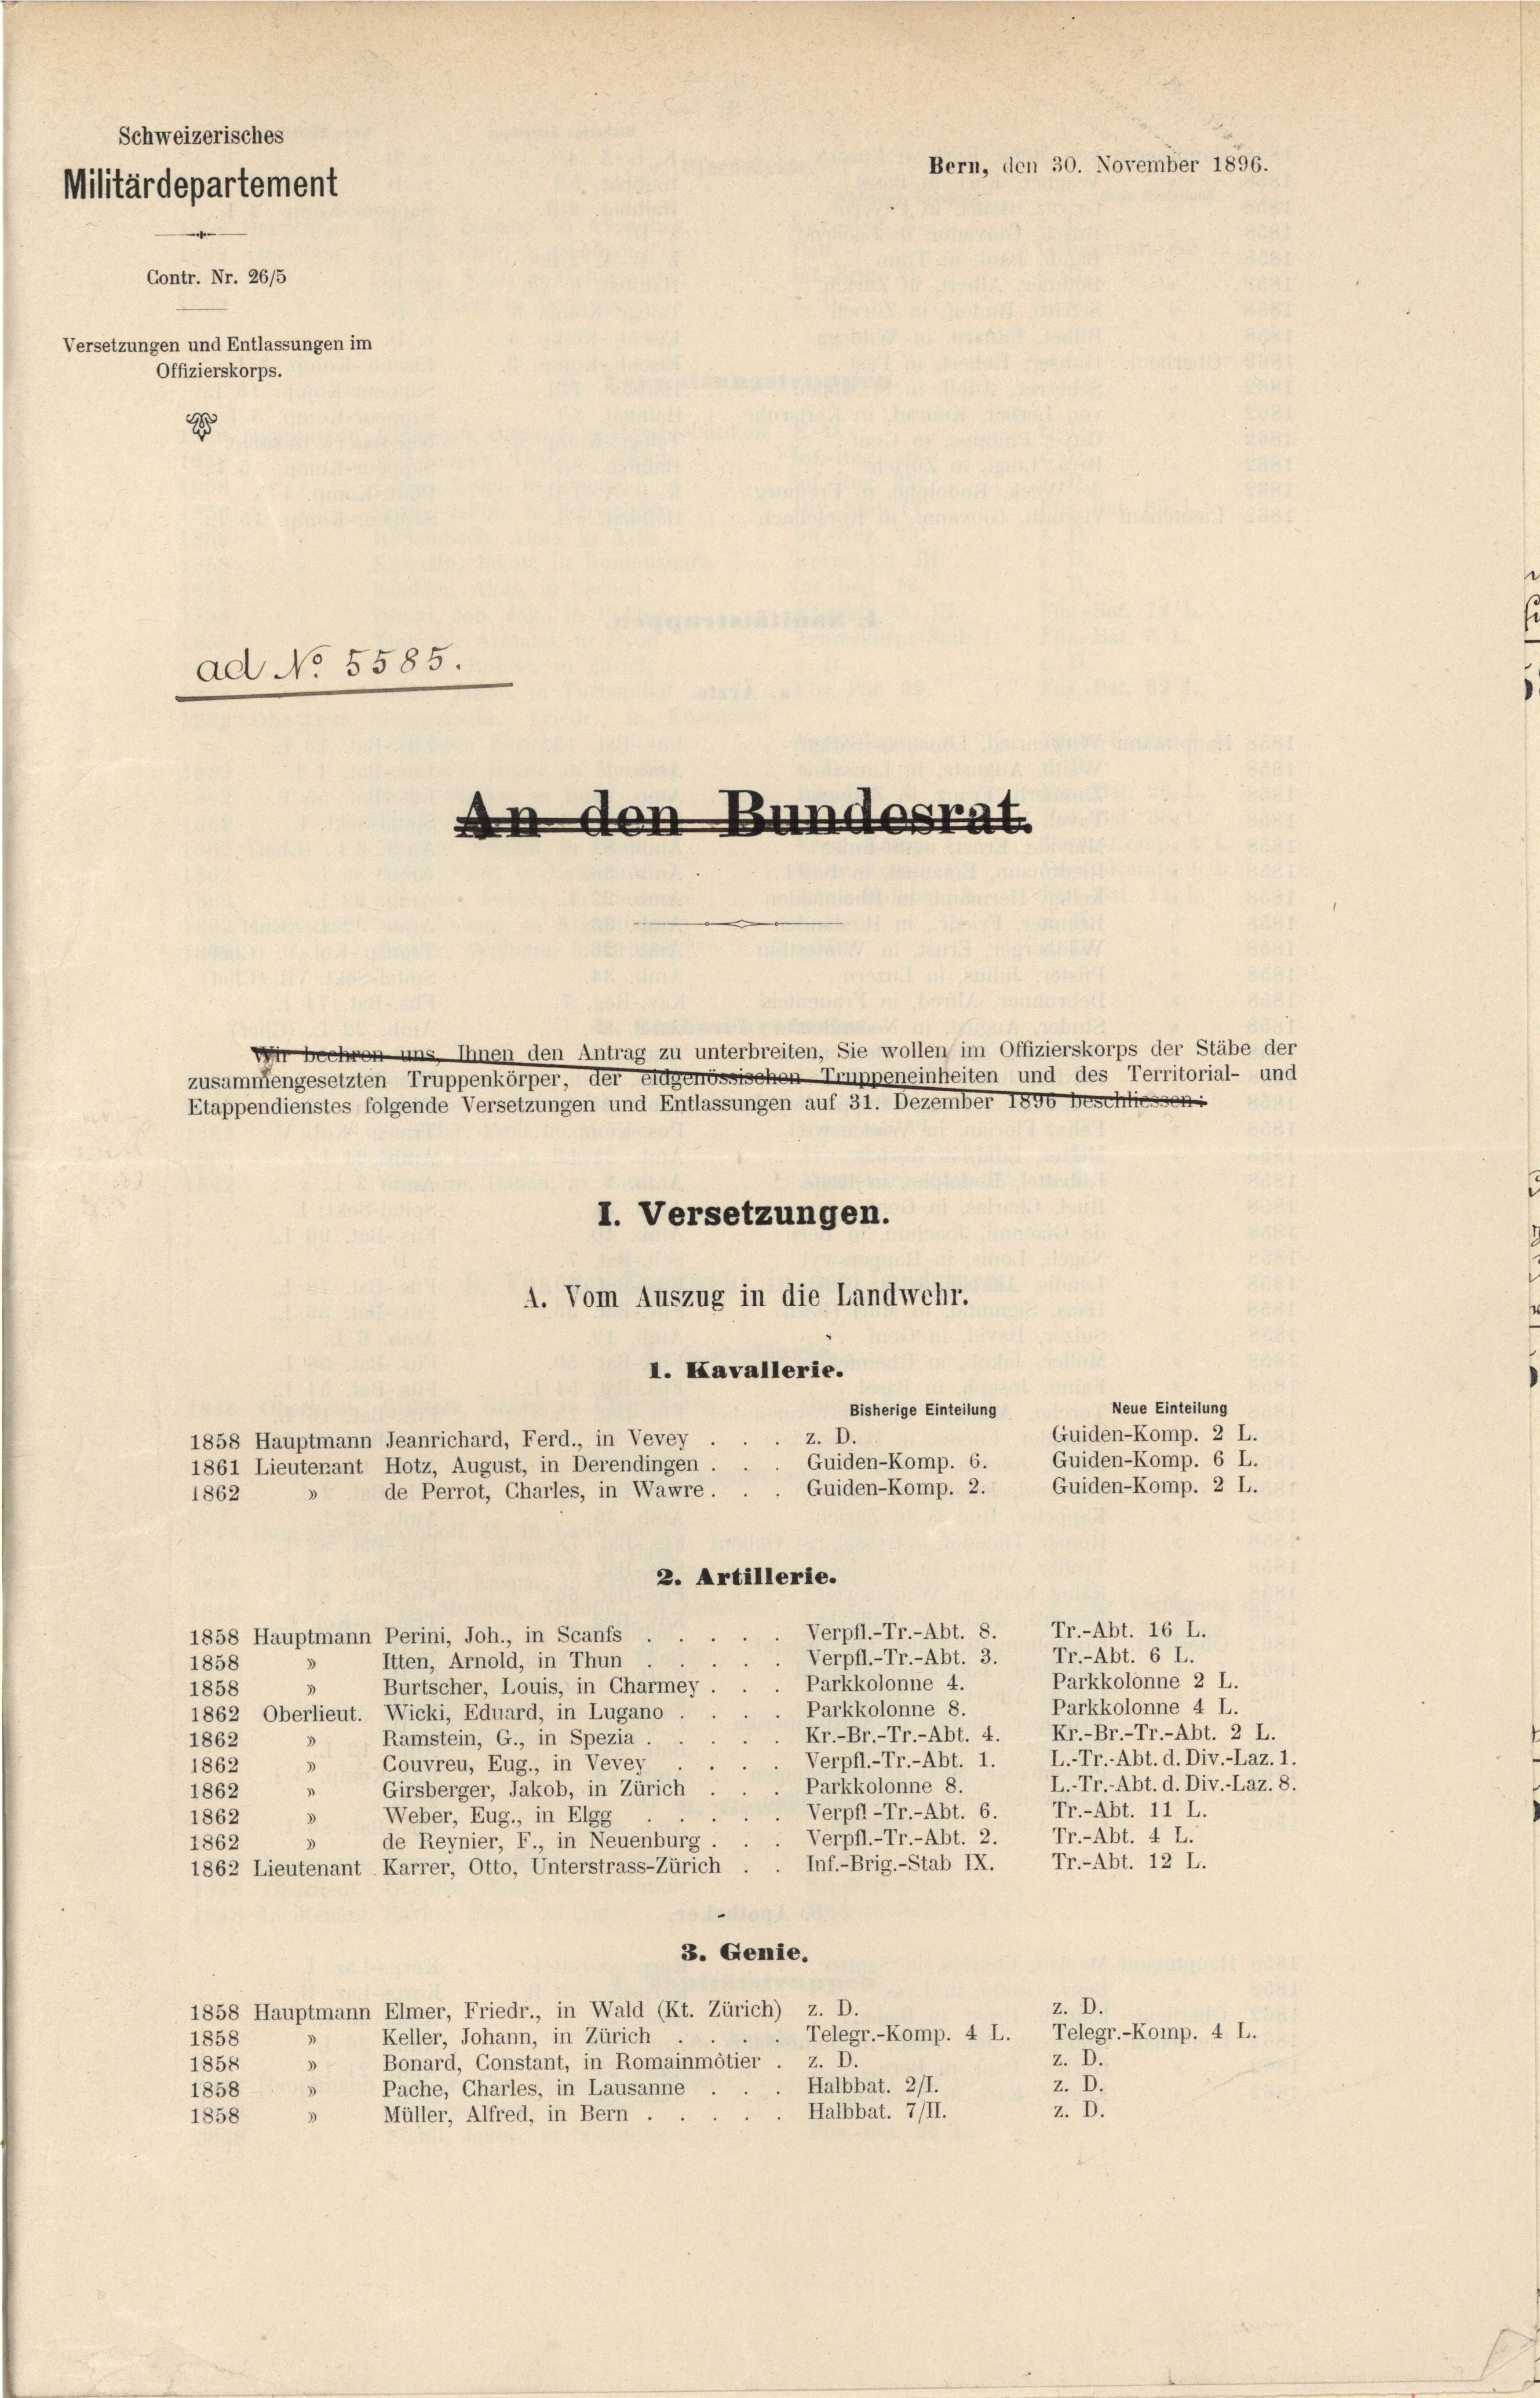
Schweizerisches
Militärdepartement
Contr. Nr. 26/5

Versetzungen und Entlassungen im
Offizierskorps.

ad No 5585.

An den Bundesrat.
Wir beehren uns Ihnen den Antrag zu unterbreiten, Sie wollen im Offizierskorps der Stäbe der
zusammengesetzten Truppenkörper, der eidgenössischen Trunneneinheiten und des Territorial- und
Etappendienstes folgende Versetzungen und Entlassungen auf 31. Dezember 1890 beschliessen:

1862

I. Kavallerie.
Bisherige Einteilung
z. D.
Guiden-Komp. 6.
Guiden-Komp. 2.
2. Artillerie.
Tr.-Abt. 16 L.
Verpfl.-Tr.-Abt. 8.
1858 Hauptmann Perini, Joh., in Scanfs.
Tr.-Abt. 6 L.
Verpfl.-Tr.-Abt. 3.
Itten, Arnold, in Thun
1858
Parkkolonne 2 L.
Parkkolonne 4.
Burtscher, Louis, in Charmey
3
1858
Parkkolonne 4 L.
Parkkolonne 8.
1862 Oberlieut. Wicki, Eduard, in Lugano.
Kr.-Br.-Tr.-Abt. 4. Kr.-Br.-Tr.-Abt. 2 L.
Ramstein, G., in Spezia.
3
1862
Verpfl.-Tr.-Abt. 1. L.-Tr.-Abt. d. Div.-Laz. 1.
Couvreu, Eug., in Vevey
1862
3
L.-Tr.-Abt. d. Div.-Laz. 8.
Parkkolonne 8.
"
Girsberger, Jakob, in Zürich
1862
Tr.-Abt. 11 L.
Verpfl-Tr.-Abt. 6.
Weber, Eug., in Elgg
1862
D
Tr.-Abt. 4 L.
Verpfl.-Tr.-Abt. 2.
de Reynier, F., in Neuenburg
1862
3
Tr.-Abt. 12 L.
Inf.-Brig.-Stab IX.
1862 Lieutenant Karrer, Otto, Unterstrass-Zürich
3. Genie.
z. D.
1858 Hauptmann Elmer, Friedr., in Wald (Kt. Zürich) z. D.
Telegr.-Komp. 4 L.
Telegr.-Komp. 4 L.
Keller, Johann, in Zürich
1858
z. D.
Bonard, Constant, in Romainmötier. z. D.
3
1858
z. D.
Halbbat. 211.
Pache, Charles, in Lausanne
1858
z. D.
Halbbat. 7/II.
Müller, Alfred, in Bern .
1858

1858 Hauptmann Jeanrichard, Ferd., in Vevey
1861 Lieutenant Hotz, August, in Derendingen.
de Perrot, Charles, in Wawre.
3

I. Versetzungen.

A. Vom Auszug in die Landwehr.

Bern, den 30. November 1896.

Neue Einteilung
Guiden-Komp. 2 L.
Guiden-Komp. 6 L.
Guiden-Komp. 2 L.